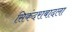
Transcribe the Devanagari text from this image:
सिकंदराबादला